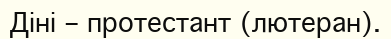
Діні – протестант (лютеран).